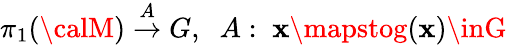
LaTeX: \pi_{1}({\calM})\stackrel{A}{\rightarrow}G,\; \; A:\; \mathbf{x}\mapstog(\mathbf{x})\inG